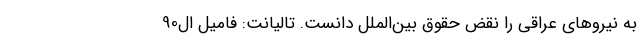
به نیروهای عراقی را نقض حقوق بین‌الملل دانست. تالیانت: فامیل ال90